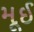
મૂઈ